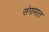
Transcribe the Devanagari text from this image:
संगामात